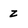
Character: z